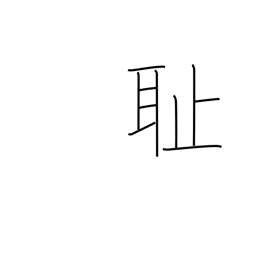
Meaning: humiliation